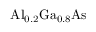
\mathrm { { A l } _ { 0 . 2 } \mathrm { { G a } _ { 0 . 8 } A s } }